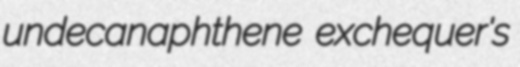
undecanaphthene exchequer's